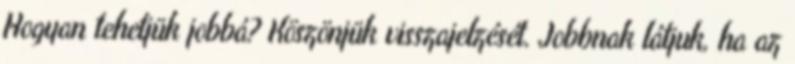
Hogyan tehetjük jobbá? Köszönjük visszajelzését. Jobbnak látjuk, ha az